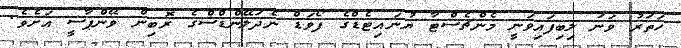
ހަތަރު ވަނަ ލިބިފައިވަނީ މެންޗެސްޓާ ޔުނައިޓެޑްގެ ފޯވަޑް ނެދަލޭންޑްސްގެ ރޮބިން ވޭންޕާސީ އަށެވެ.